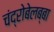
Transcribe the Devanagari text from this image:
चंद्रोबेलब्बा